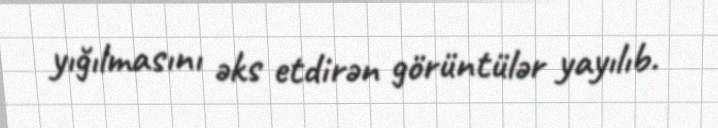
yığılmasını əks etdirən görüntülər yayılıb.